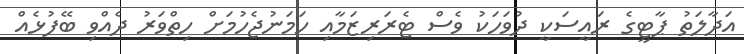
އަދާލަތު ޕާޓީގެ ރައީސަކީ ދުވަހަކު ވެސް ޓެރަރިޒަމާއި ހަމަނުޖެހުމަށް ހިތްވަރު ދެއްވި ބޭފުޅެއް